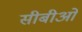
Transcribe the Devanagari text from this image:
सीबीओ